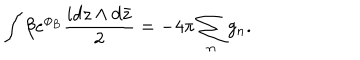
\int \beta e ^ { \phi _ { B } } \frac { i d z \wedge d \bar { z } } { 2 } = - 4 \pi \sum _ { n } g _ { n } .